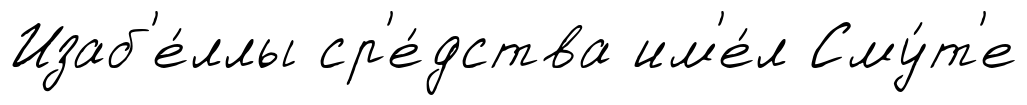
Изаб'е́ллы ср'е́дства им'е́л Сму́т'е